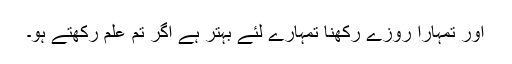
اور تمہارا روزے رکھنا تمہارے لئے بہتر ہے اگر تم علم رکھتے ہو۔